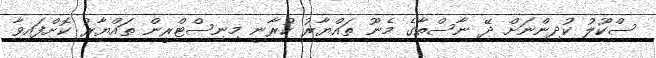
ސްކޫލު ކުދިންނަށް ދޭ ނާސްތާގެ މެނޫ ތައްޔާރު ކުރާނީ މިނިސްޓްރީން ތައްޔާރު ކޮށްފައިވާ